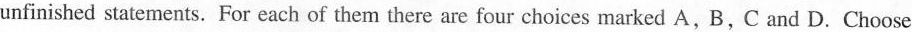
unfinished statements. For each of them there are four choices marked A, B, C and D. Choose